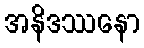
အနိဒဿနော